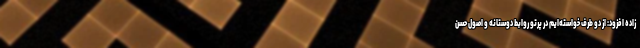
زاده افزود: از دو طرف خواسته‌ایم در پرتو روابط دوستانه و اصول حسن